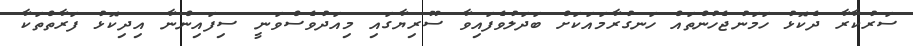
ސަރުކާރާ ދެކޮޅު ހަމަނުޖެހުންތައް ހަނގުރާމައަކަށް ބަދަލުވެފައިވާ ސޫރިޔާގައި މިއަދުވެސްވަނީ ސިފައިންނާ އިދިކޮޅު ފަރާތްތަކާ